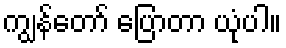
ကျွန်တော် ပြောတာ ယုံပါ။